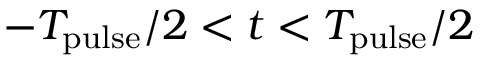
- T _ { \mathrm { p u l s e } } / 2 < t < T _ { \mathrm { p u l s e } } / 2